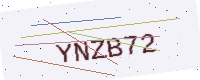
Text: YNZB72